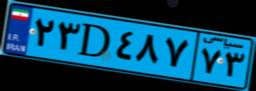
۳۴D۳۵۲۴۹